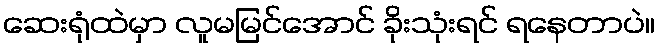
ဆေးရုံထဲမှာ လူမမြင်အောင် ခိုးသုံးရင် ရနေတာပဲ။